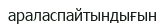
араласпайтындығын